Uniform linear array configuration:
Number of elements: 64
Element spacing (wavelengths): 1
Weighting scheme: kaiser
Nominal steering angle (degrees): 30
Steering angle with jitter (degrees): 31.939
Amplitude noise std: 0.05
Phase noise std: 0.05

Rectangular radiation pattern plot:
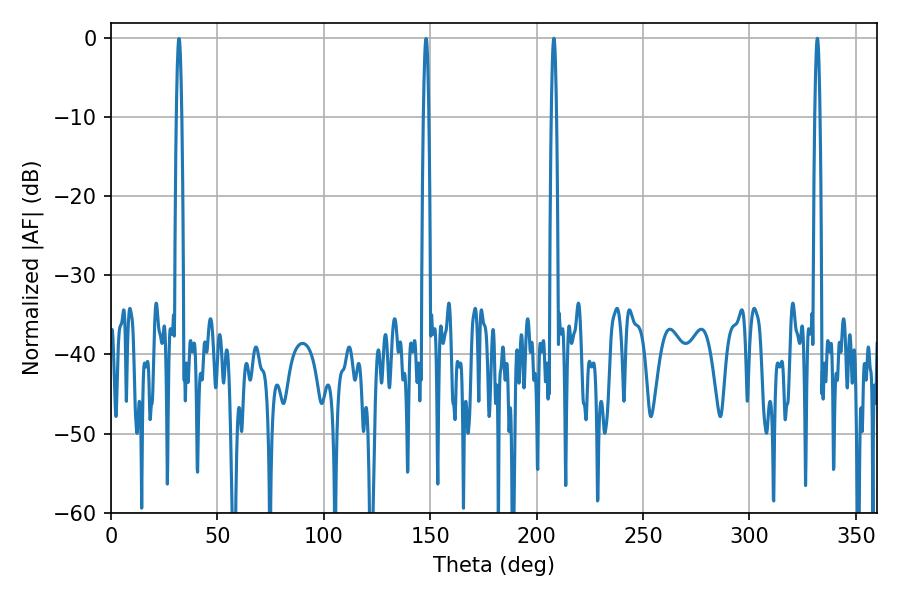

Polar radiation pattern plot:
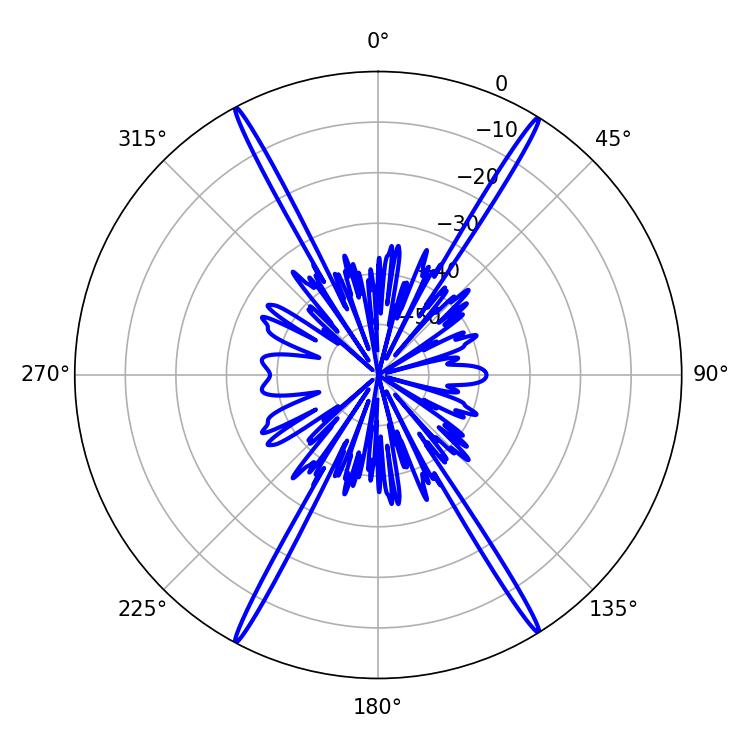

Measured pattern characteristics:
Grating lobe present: TRUE
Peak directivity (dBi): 26.944
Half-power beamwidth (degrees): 1.26
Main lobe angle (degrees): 331.92